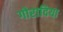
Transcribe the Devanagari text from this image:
गोरादिया